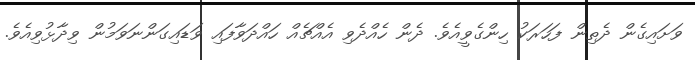
ވަށައިގެން ދެތިން ފަހަރަކު ހިންގެވީއެވެ. ދެން ހެއްދެވި އެއްޗެއް ހައްދަވާފައި ވަޑައިގަންނަވަމުން ވިދާޅުވިއެވެ.